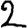
Digit: 2